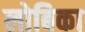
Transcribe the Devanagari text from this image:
लोबिका